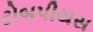
ટોબપીયસ